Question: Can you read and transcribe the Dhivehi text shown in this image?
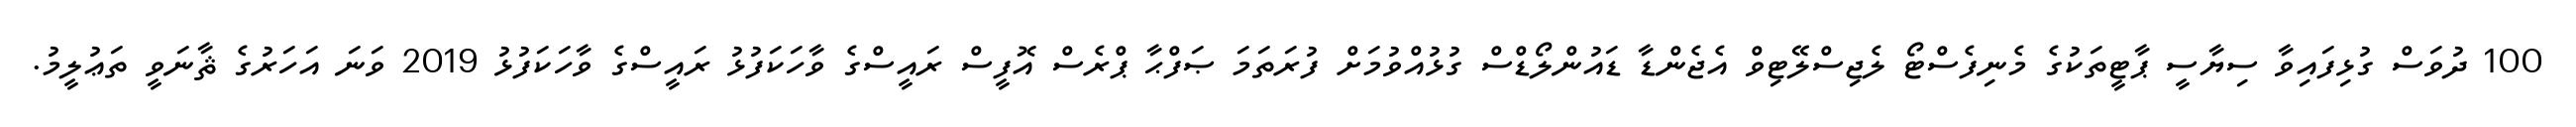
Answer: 100 ދުވަސް ގުޅިފައިވާ ސިޔާސީ ޕާޓީތަކުގެ މެނިފެސްޓޯ ލެޖިސްލޭޓިވް އެޖެންޑާ ޑައުންލޯޑްސް ގުޅުއްވުމަށް ފުރަތަމަ ޞަފްޙާ ޕްރެސް އޮފީސް ރައީސްގެ ވާހަކަފުޅު ރައީސްގެ ވާހަކަފުޅު 2019 ވަނަ އަހަރުގެ ޘާނަވީ ތަޢުލީމު.